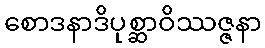
စောဒနာဒိပုစ္ဆာဝိဿဇ္ဇနာ